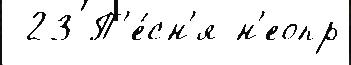
 23 П'е́сн'я н'еопр